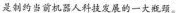
是制约当前机器人科技发展的一大瓶颈。